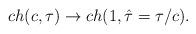
LaTeX: \begin{align*}ch(c,\tau) \rightarrow ch(1,\hat\tau=\tau/c).\end{align*}